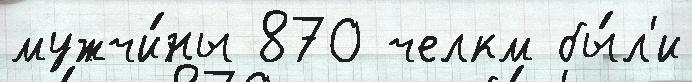
мужчи́ны 870 челкм бы́л'и